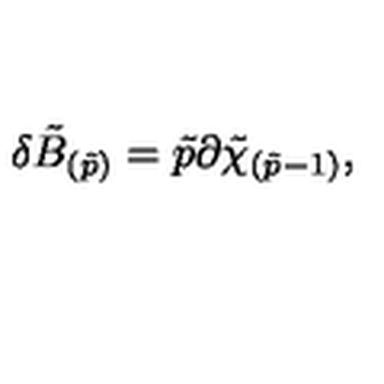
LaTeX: \delta \tilde { B } _ { ( \tilde { p } ) } = \tilde { p } \partial \tilde { \chi } _ { ( \tilde { p } - 1 ) } ,